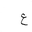
Letter: _ayn